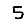
Digit: 5